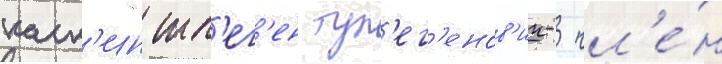
каск'ин тл'ег'ен тул'ег'енов'ич- чл'е́н